Report of the veterinary officer investigating camel disease
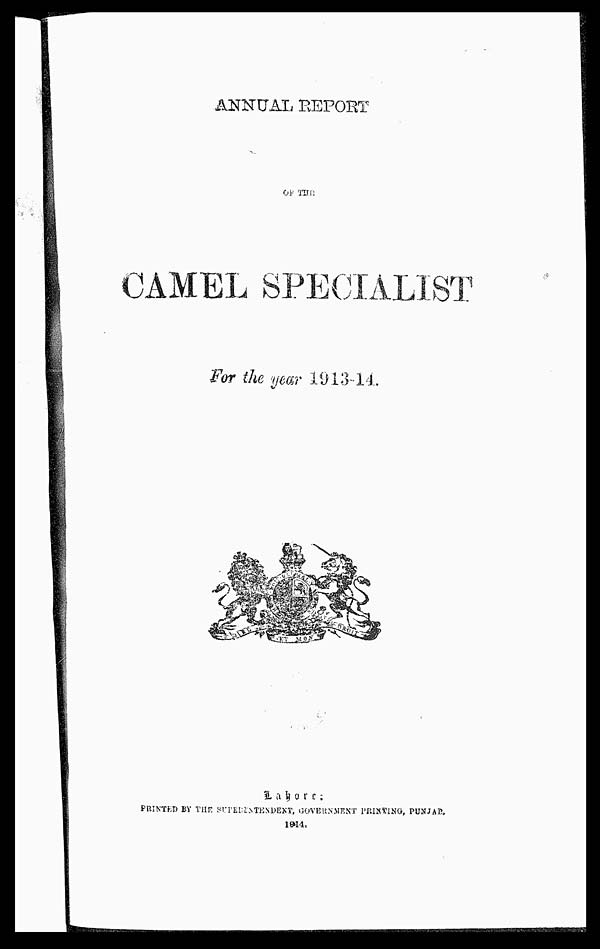
ANNUAL REPORT
OF THE
CAMEL SPECIALIST
For the year 1913-14.
Lahore :
PRINTED BY THE SUPRITENDENT, GOVERNMENT PRINTING, PUNJAB,
1814.